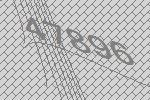
47896